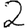
Digit: 2